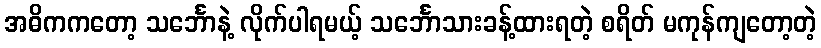
အဓိကကတော့ သင်္ဘောနဲ့ လိုက်ပါရမယ့် သင်္ဘောသားခန့်ထားရတဲ့ စရိတ် မကုန်ကျတော့တဲ့